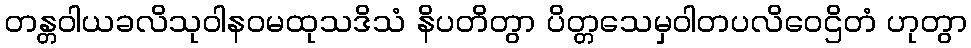
တန္တဝါယခလိသုဝါနဝမထုသဒိသံ နိပတိတွာ ပိတ္တသေမှဝါတပလိဝေဌိတံ ဟုတွာ